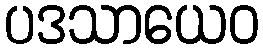
ပဒသာယေဝ